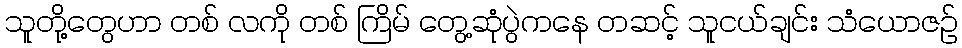
သူတို့တွေဟာ တစ် လကို တစ် ကြိမ် တွေ့ဆုံပွဲကနေ တဆင့် သူငယ်ချင်း သံယောဇဉ်